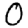
Digit: 0